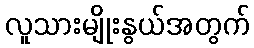
လူသားမျိုးနွယ်အတွက်